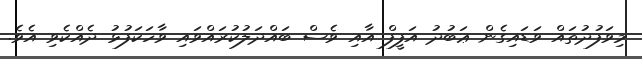
މިވަފުދުތައް ވަޑައިގެން ޢަބުދު އަފީފް އާއި ވެސް ބައްދަލުކުރައްވައި ވާހަކަފުޅު ދެއްކެވި އެވެ.